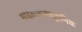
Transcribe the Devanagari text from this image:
माइक्रोइलेक्ट्रानिक